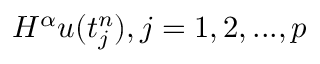
H ^ { \alpha } u ( t _ { j } ^ { n } ) , j = 1 , 2 , . . . , p